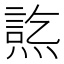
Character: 𤍋